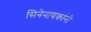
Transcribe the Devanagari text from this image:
सिनेनायकांनी